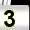
Digit: 3